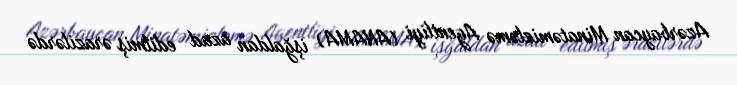
Azərbaycan Minatəmizləmə Agentliyi (ANAMA) işğaldan azad edilmiş ərazilərdə